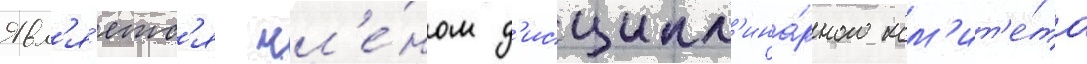
Явл'я́етс'я чл'е́ном д'исципл'ина́рного ком'ит'е́та